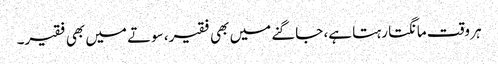
ہر وقت مانگتا رہتا ہے، جاگنے میں بھی فقیر، سوتے میں بھی فقیر۔